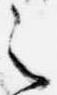
之